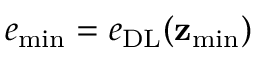
e _ { \mathrm { m i n } } = e _ { \mathrm { D L } } ( \mathbf { z } _ { \mathrm { m i n } } )